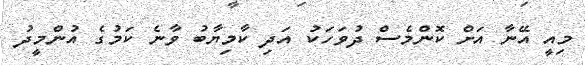
މިއީ އޭނާ އަށް ކޮންމެސް ދުވަހަކު އަދި ކާމިޔާބު ވާނެ ކަމުގެ އުންމީދު